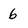
Character: 6